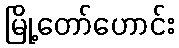
မြို့တော်ဟောင်း